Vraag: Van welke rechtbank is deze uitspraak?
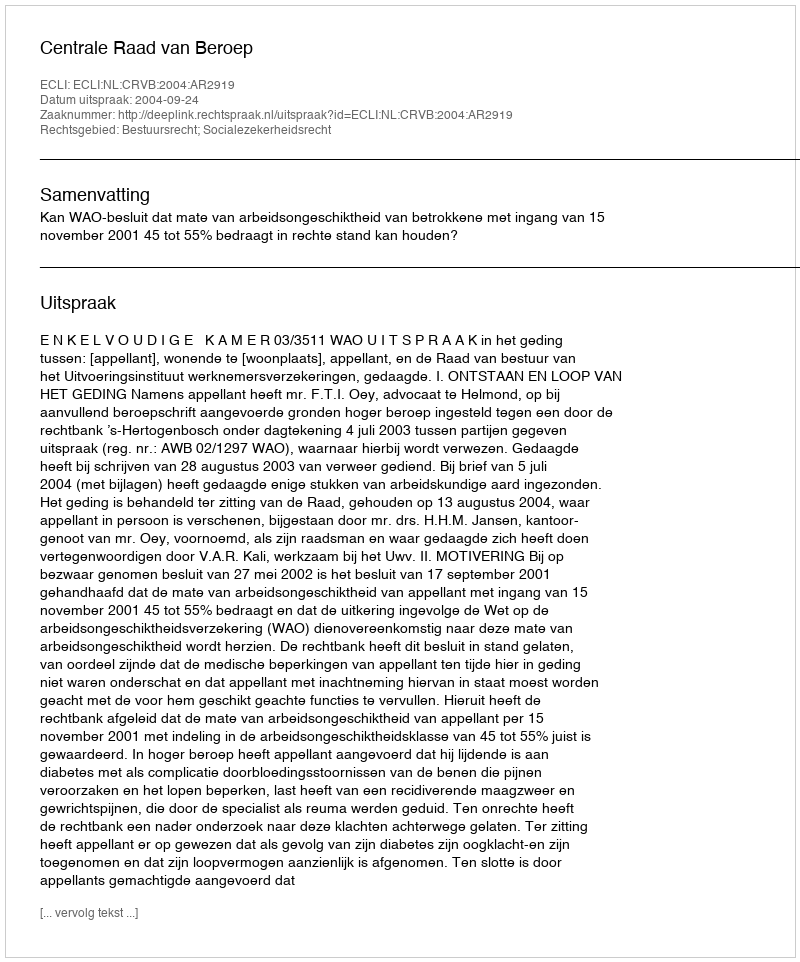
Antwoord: Centrale Raad van Beroep